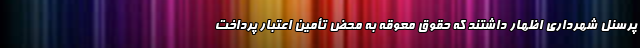
پرسنل شهرداری اظهار داشتند که حقوق معوقه به محض تأمین اعتبار پرداخت